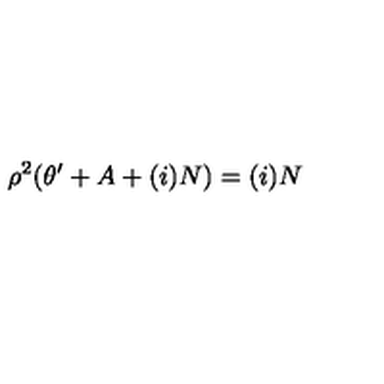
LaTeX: \rho ^ { 2 } ( \theta ^ { \prime } + A + ( i ) N ) = ( i ) N